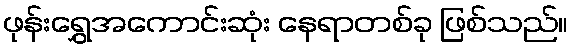
ဖုန်းရွှေအကောင်းဆုံး နေရာတစ်ခု ဖြစ်သည်။